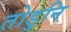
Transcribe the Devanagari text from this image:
तोडुनि